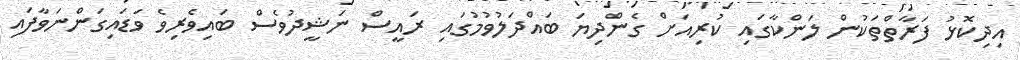
އިދިކޮޅު ފަރާތްތަކުން ލަންކާގައި ކުރިއަށް ގެންދިޔަ ބައްދަލުވުމުގައި ރައީސް ނަޝީދުވެސް ބައިވެރިވެ ވަޑައިގަންނަވާފައި